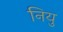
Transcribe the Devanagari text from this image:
नियु